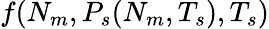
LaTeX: f(N_{m},P_{s}(N_{m},T_{s}),T_{s})